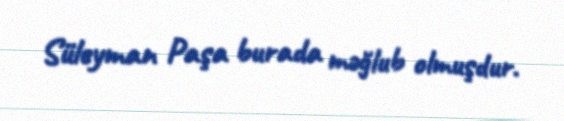
Süleyman Paşa burada məğlub olmuşdur.